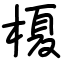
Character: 榎